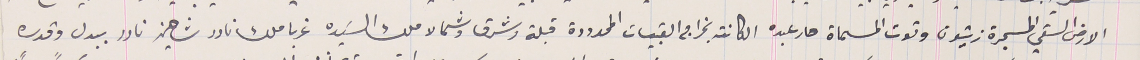
الأرض السقي المسجرة زيتون وتوت المسماة مار عبده الكائنه بخراج القبيات المحدودة قبلة وشرق وشمالا ملك السَيده غربا ملك نادر شاهين نادر ببدل وقدره